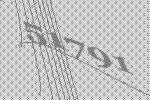
51791